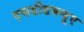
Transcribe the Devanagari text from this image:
एसडीडब्ल्यूए